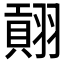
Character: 𱻡